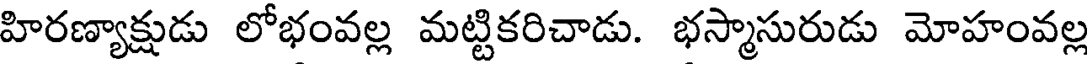
హిరణ్యాక్షుడు లోభంవల్ల మట్టికరిచాడు. భస్మాసురుడు మోహంవల్ల